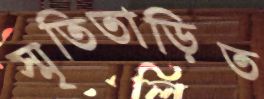
স্মৃতিতাড়িত